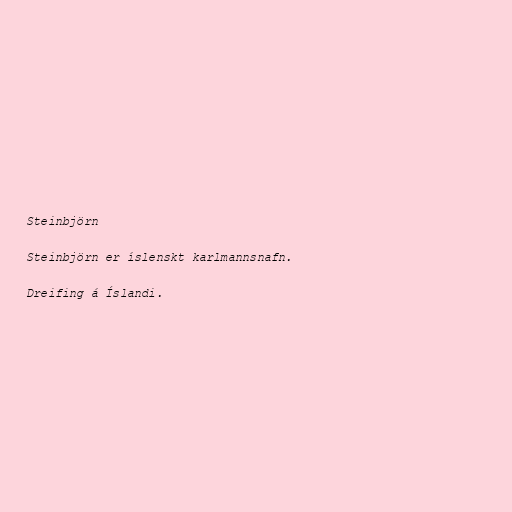
Steinbjörn

Steinbjörn er íslenskt karlmannsnafn.

Dreifing á Íslandi.